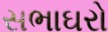
સભાઘરો